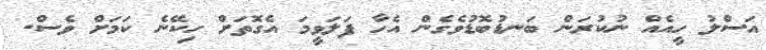
އަސްލު ހީއެއް ނުކުރަން ބަނޑުބޮޑުވެގެން އެހާ ފަލަވީމަ އެގޮތަށް ހިކޭނެ ކަމަށް ވެސް.